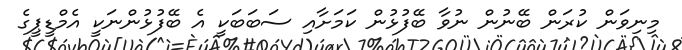
މިނިވަން ކުރަން ބޭނުން ނުވާ ބޭފުޅުން ކަމަށާއި ސަބަަބަކީ އެ ބޭފުޅުންނަކީ އެމްޑީޕީގެ